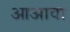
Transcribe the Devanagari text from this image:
आअावा